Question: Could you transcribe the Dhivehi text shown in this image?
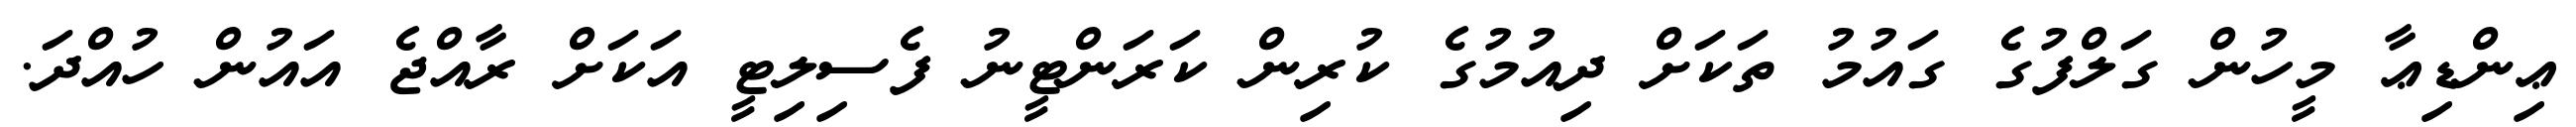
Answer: ޢިންޑިޢާ މީހުން ގަލްފުގެ ގައުމު ތަކަށް ދިއުމުގެ ކުރިން ކަރަންޓީނު ފެސިލިޓީ އަކަށް ރާއްޖެ އައުން ހުއްދަ.